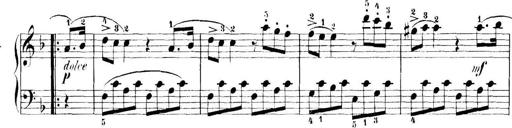
Title: 11 Sonatinas
Composer: Anton Diabelli